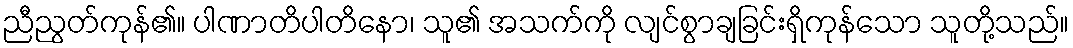
ညီညွတ်ကုန်၏။ ပါဏာတိပါတိနော၊ သူ၏ အသက်ကို လျင်စွာချခြင်းရှိကုန်သော သူတို့သည်။